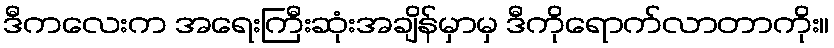
ဒီကလေးက အရေးကြီးဆုံးအချိန်မှာမှ ဒီကိုရောက်လာတာကိုး။